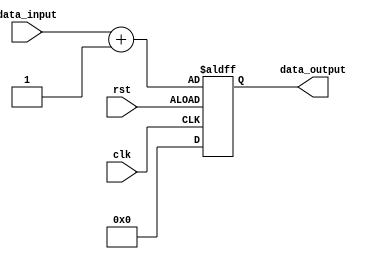
module behavior_modeling_block (
    input wire clk,
    input wire rst,
    input wire [7:0] data_input,
    output reg [7:0] data_output
);

always @ (posedge clk or negedge rst) begin
    if (rst) begin
        // Reset to known state
        data_output <= 8'b0;
    end else begin
        // Describe the behavior of the circuit/module
        data_output <= data_input + 8'b1;
    end
end

endmodule